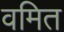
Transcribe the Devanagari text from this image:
वमित